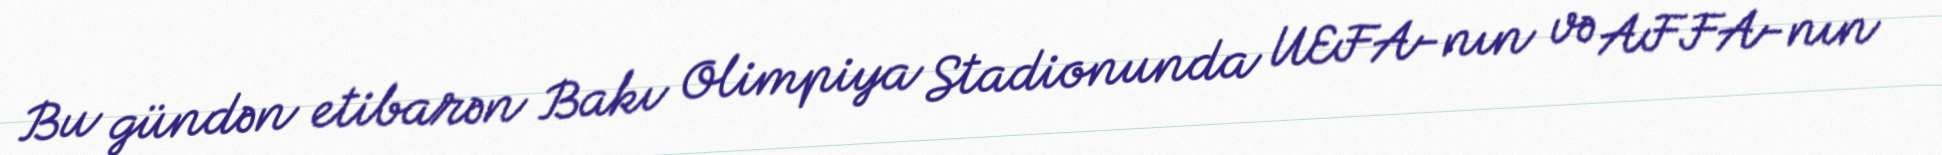
Bu gündən etibarən Bakı Olimpiya Stadionunda UEFA-nın və AFFA-nın